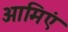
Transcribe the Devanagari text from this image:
आमिएं